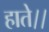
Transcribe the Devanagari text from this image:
हाते।।